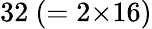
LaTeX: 32~(=2{\times}16)